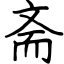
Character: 斋